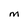
Character: M